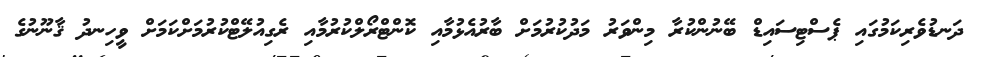
ދަނޑުވެރިކަމުގައި ޕެސްޓިސައިޑް ބޭނުންކުރާ މިންވަރު މަދުކުރުމަށް ބާރުއެޅުމާއި ކޮންޓްރޯލްކުރުމާއި ރެގިއުލޭޓްކުރުމަށްކަމަށް ވީހިނދު ޤާނޫނުގެ